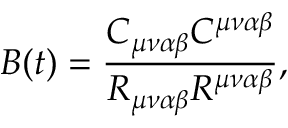
B ( t ) = \frac { C _ { \mu \nu \alpha \beta } C ^ { \mu \nu \alpha \beta } } { R _ { \mu \nu \alpha \beta } R ^ { \mu \nu \alpha \beta } } ,